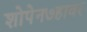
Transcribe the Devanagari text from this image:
शोपेन७हावर